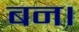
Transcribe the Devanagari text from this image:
बन।